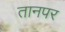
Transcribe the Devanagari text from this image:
तानपर